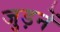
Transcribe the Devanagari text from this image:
जुड़नें